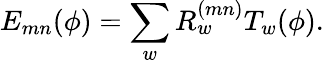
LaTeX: E_{mn}(\phi)=\sum_{w}R_{w}^{(mn)}T_{w}(\phi).